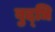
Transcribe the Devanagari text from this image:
बुद्‌धि